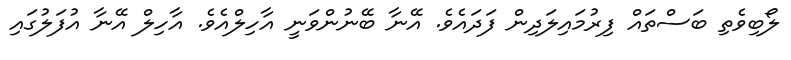
ލޯބިވެތި ބަސްތައް ފިރުމައިލަދިން ފަދައެވެ. އޭނާ ބޭނުންވަނީ އާހިލްއެވެ. އާހިލް އޭނާ އުފަލުގައި